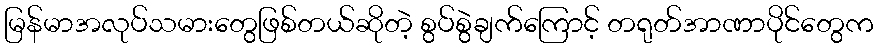
မြန်မာအလုပ်သမားတွေဖြစ်တယ်ဆိုတဲ့ စွပ်စွဲချက်ကြောင့် တရုတ်အာဏာပိုင်တွေက